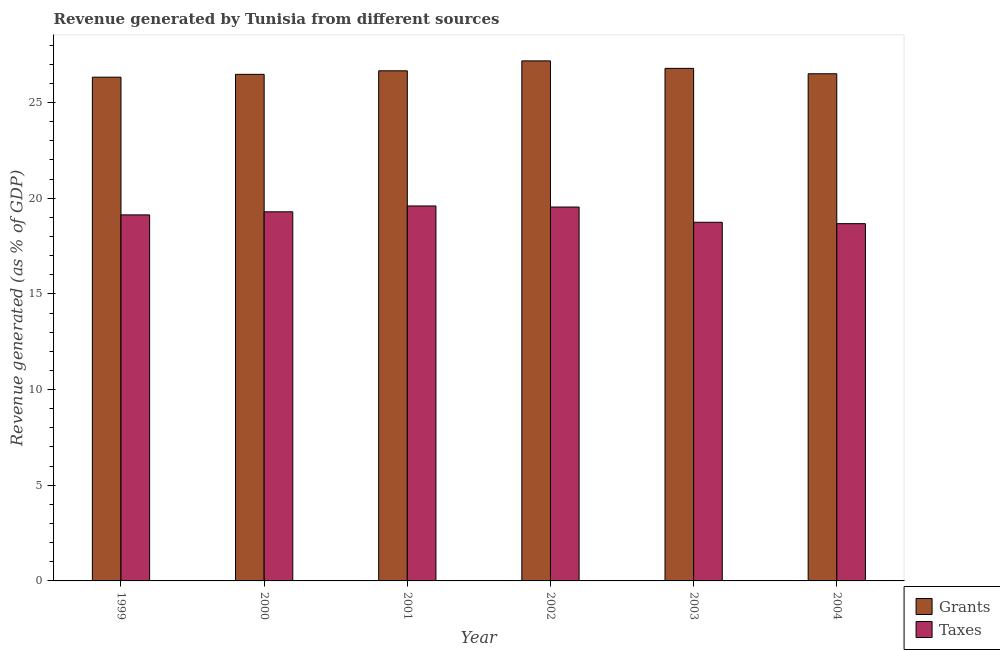
| Year | Grants | Taxes |
 | --- | --- | --- |
 | 1999 | 26.3 | 19.1 |
 | 2000 | 26.5 | 19.3 |
 | 2001 | 26.7 | 19.6 |
 | 2002 | 27.2 | 19.5 |
 | 2003 | 26.8 | 18.7 |
 | 2004 | 26.5 | 18.7 |